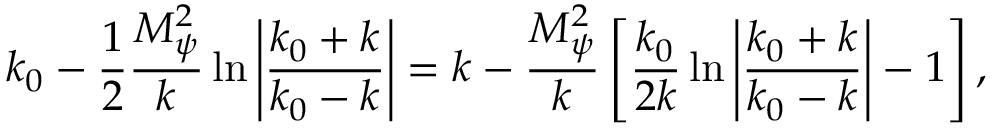
k _ { 0 } - \frac { 1 } { 2 } \frac { M _ { \psi } ^ { 2 } } { k } \ln \left| \frac { k _ { 0 } + k } { k _ { 0 } - k } \right| = k - \frac { M _ { \psi } ^ { 2 } } { k } \left[ \frac { k _ { 0 } } { 2 k } \ln \left| \frac { k _ { 0 } + k } { k _ { 0 } - k } \right| - 1 \right] ,